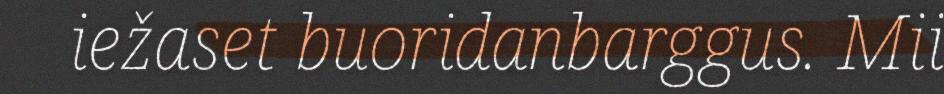
iežaset buoridanbarggus. Mii